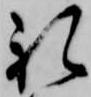
礼